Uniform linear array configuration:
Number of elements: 8
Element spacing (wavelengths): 1
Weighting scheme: hann
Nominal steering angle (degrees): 45
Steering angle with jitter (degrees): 45.471
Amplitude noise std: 0.05
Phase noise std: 0.05

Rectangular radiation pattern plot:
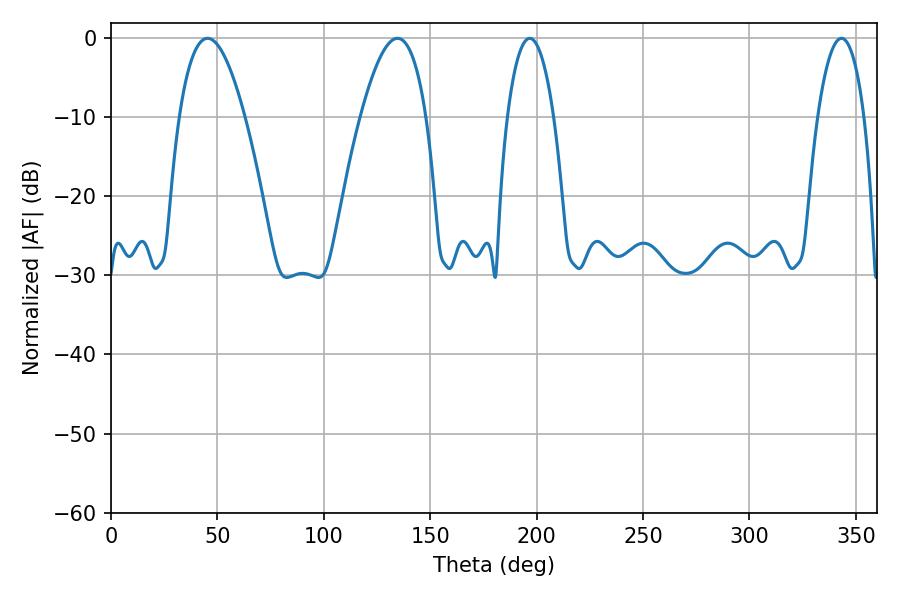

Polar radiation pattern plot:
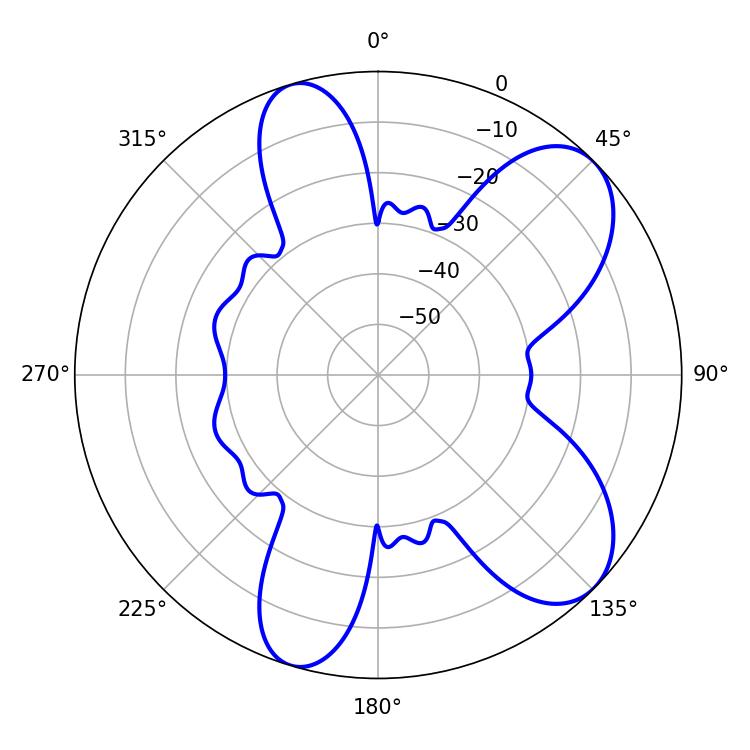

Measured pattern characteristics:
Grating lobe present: TRUE
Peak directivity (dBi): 7.903
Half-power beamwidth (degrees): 16.92
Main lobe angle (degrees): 45.36